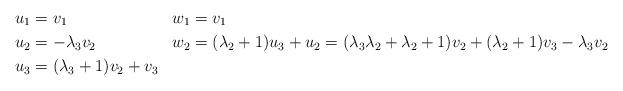
LaTeX: \begin{align*}u_1 &= v_1 & w_1 &= v_1\\u_2 &= -\lambda_3v_2 & w_2 &= (\lambda_2 + 1)u_3 + u_2 = (\lambda_3\lambda_2 + \lambda_2 + 1)v_2 + (\lambda_2 + 1) v_3 - \lambda_3v_2\\u_3 &= (\lambda_3 + 1)v_2 + v_3\end{align*}